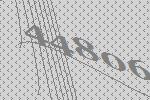
44806